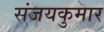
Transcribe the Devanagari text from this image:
संजयकुमार